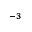
^ { - 3 }